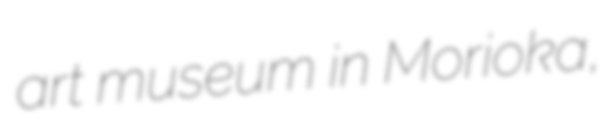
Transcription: art museum in Morioka,